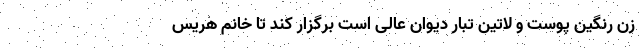
زن رنگین پوست و لاتین تبار دیوان عالی است برگزار کند تا خانم هریس